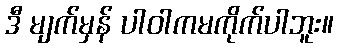
ဒီ မျက်မှန် ပါဝါကမကိုက်ပါဘူး။